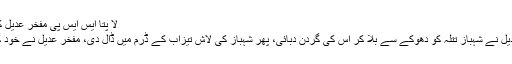
لا پتا ایس ایس پی مفخر عدیل کیس سے متعلق مزید تفصیل یہاں
اسد بھٹی نے بیان دیا کہ مفخر عدیل نے شہباز تتلہ کو دھوکے سے بلا کر اس کی گردن دبائی، پھر شہباز کی لاش تیزاب کے ڈرم میں ڈال دی، مفخر عدیل نے خود گاڑی پلازے کے باہر پارک کی۔